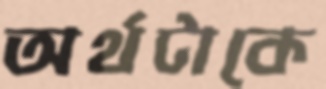
অর্থটাকে